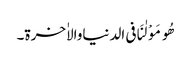
ھُومَوْلٰنَافی الدنیاوالاٰخرۃ۔